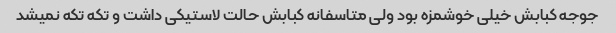
جوجه کبابش خیلی خوشمزه بود ولی متاسفانه کبابش حالت لاستیکی داشت و تکه تکه نمیشد